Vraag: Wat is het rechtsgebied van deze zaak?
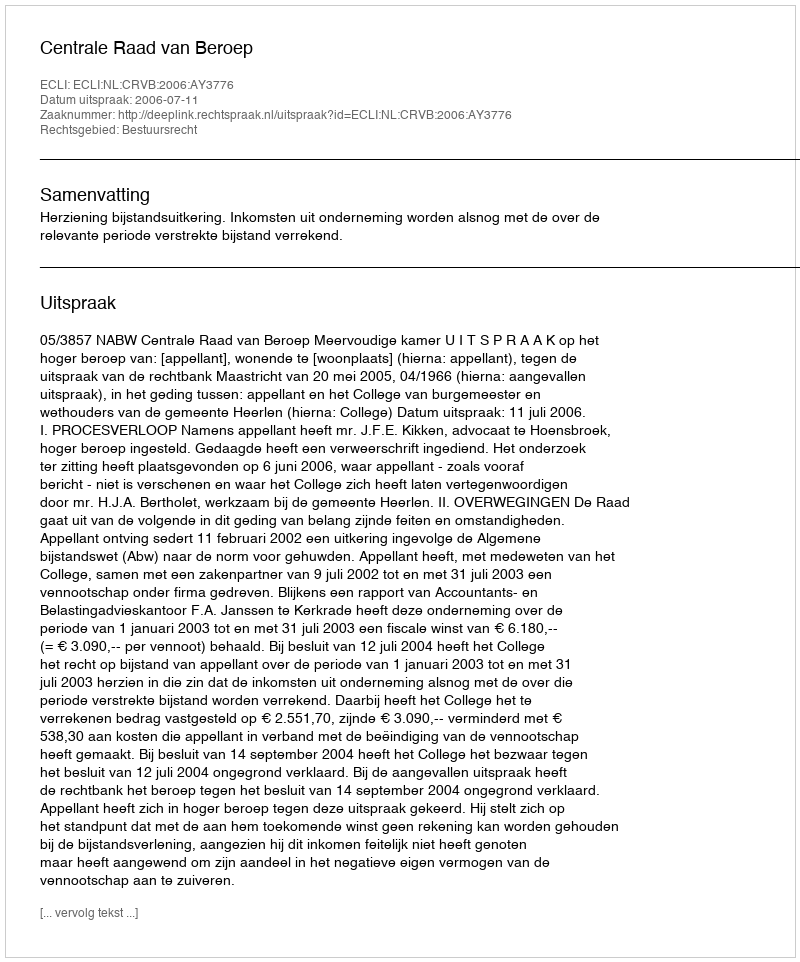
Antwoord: Bestuursrecht